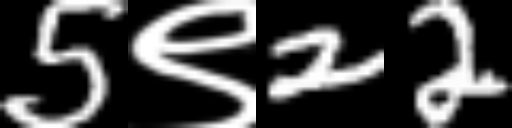
Text: 5९22